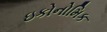
ઇકોનોમિક